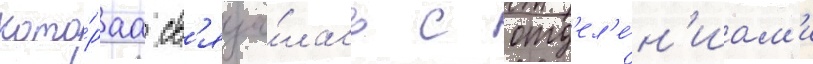
кото́раа св'яза́лась с отд'ел'е́н'иам'и